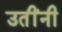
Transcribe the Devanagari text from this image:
उतींनी